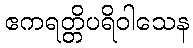
ဧကရတ္တိပရိဝါသေန